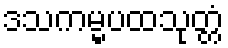
ဒသကမ္မပထသုတ္တံ